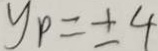
y _ { p } = \pm 4